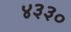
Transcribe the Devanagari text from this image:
४३३०